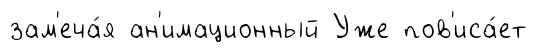
зам'еча́я ан'имационный Уже пов'иса́ет